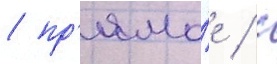
/ пр'ямо́е / с